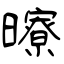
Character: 曢